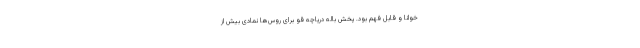
خوانا و قابل فهم بود. پخش باله دریاچه قو برای روس‌ها نمادی بیش از